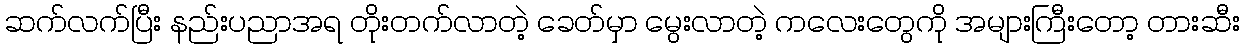
ဆက်လက်ပြီး နည်းပညာအရ တိုးတက်လာတဲ့ ခေတ်မှာ မွေးလာတဲ့ ကလေးတွေကို အများကြီးတော့ တားဆီး